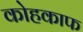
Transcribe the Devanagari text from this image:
कोहकाफ